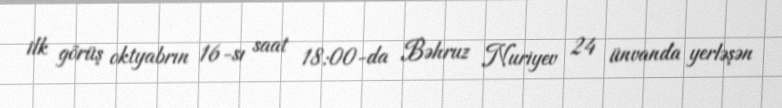
ilk görüş oktyabrın 16-sı saat 18:00-da Bəhruz Nuriyev 24 ünvanda yerləşən